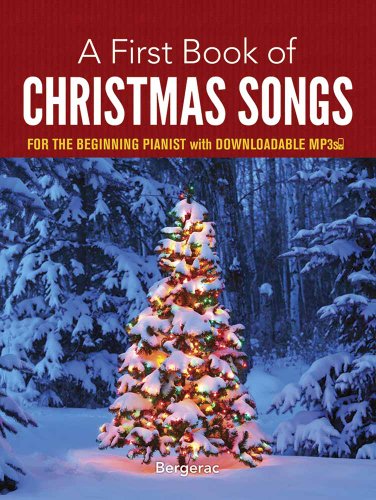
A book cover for A First Book of Christmas Songs for the Beginning Pianist: with Downloadable MP3s; Bergerac; Humor & Entertainment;